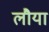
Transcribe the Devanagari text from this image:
लौया